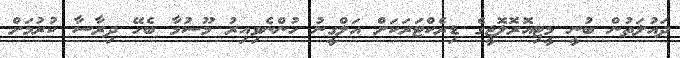
ދައުލަތުން ބުނީ މީޓިއޮރޮލޮޖީގެ ޑިރެކްޓަރަކަށް އަލްގީނު ހުންނެވިއިރު މޫސުމާ ބެހޭ ދިރާސާ ކުރުމަށް